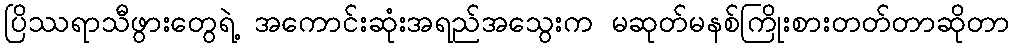
ပြိဿရာသီဖွားတွေရဲ့ အကောင်းဆုံးအရည်အသွေးက မဆုတ်မနစ်ကြိုးစားတတ်တာဆိုတာ